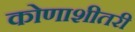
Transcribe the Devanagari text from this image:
कोणाशीतरी